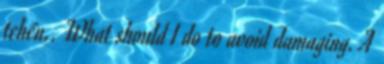
tehén,. What should I do to avoid damaging. A